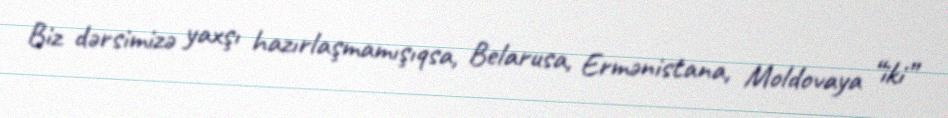
Biz dərsimizə yaxşı hazırlaşmamışıqsa, Belarusa, Ermənistana, Moldovaya “iki”